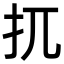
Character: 扤